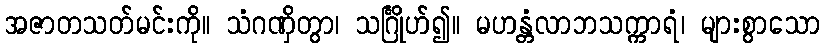
အဇာတသတ်မင်းကို။ သံဂဏှိတွာ၊ သင်္ဂြိုဟ်၍။ မဟန္တံလာဘသက္ကာရံ၊ များစွာသော